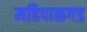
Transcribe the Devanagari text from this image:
महिपाळगड